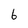
Character: 6